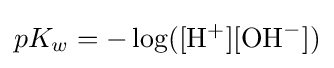
pK_{w}=-\log([\mathrm {H} ^{+}][\mathrm {OH} ^{-}])